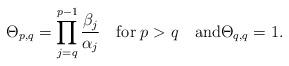
LaTeX: \begin{align*}\Theta_{p,q}=\prod_{j=q}^{p-1}\frac{\beta_{j}}{\alpha_{j}}\quad\textup{for}\;p>q\quad\textup{and}\Theta_{q,q}=1.\end{align*}